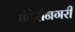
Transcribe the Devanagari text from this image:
चंदेरीनगरी